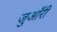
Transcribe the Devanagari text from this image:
जुआँरी